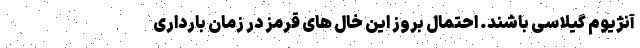
آنژیوم گیلاسی باشند. احتمال بروز این خال های قرمز در زمان بارداری